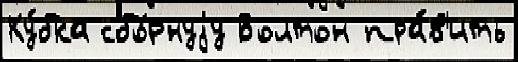
Ку́бка сбо́рнуjу Болтон пра́в'ить